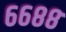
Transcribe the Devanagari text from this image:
६६८८